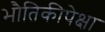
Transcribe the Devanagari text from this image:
भौतिकीपेक्षा